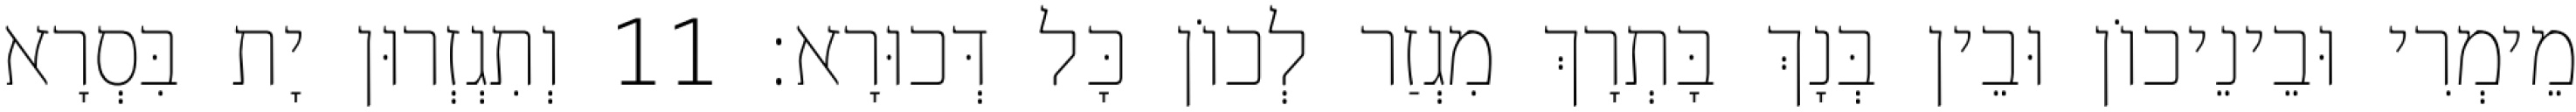
מֵימְרִי וּבֵינֵיכוֹן וּבֵין בְּנָךְ בָּתְרָךְ מִגְזַר לְכוֹן כָּל דְּכוּרָא׃ 11 וְתִגְזְרוּן יָת בִּסְרָא